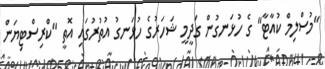
"މުސްލިމް ކުއާޓާ" ގެ ހުޅަނގުން ގަދީމީ ޝަހަރުގެ ހުޅަނގު އުތުރުގައި އޮތީ "ކްރިސްޓިޔަން